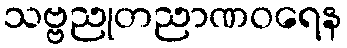
သဗ္ဗညုတညာဏဝရေန